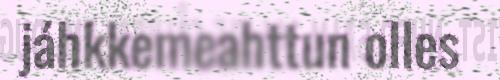
jáhkkemeahttun olles